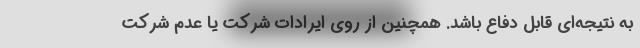
به نتیجه‌ای قابل دفاع باشد. همچنین از روی ایرادات شرکت یا عدم شرکت